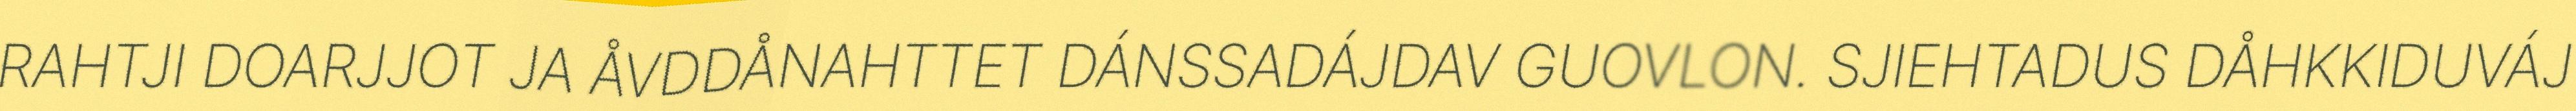
RAHTJI DOARJJOT JA ÅVDDÅNAHTTET DÁNSSADÁJDAV GUOVLON. SJIEHTADUS DÅHKKIDUVÁJ